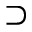
\supset